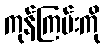
ကုန်ကြမ်းကို